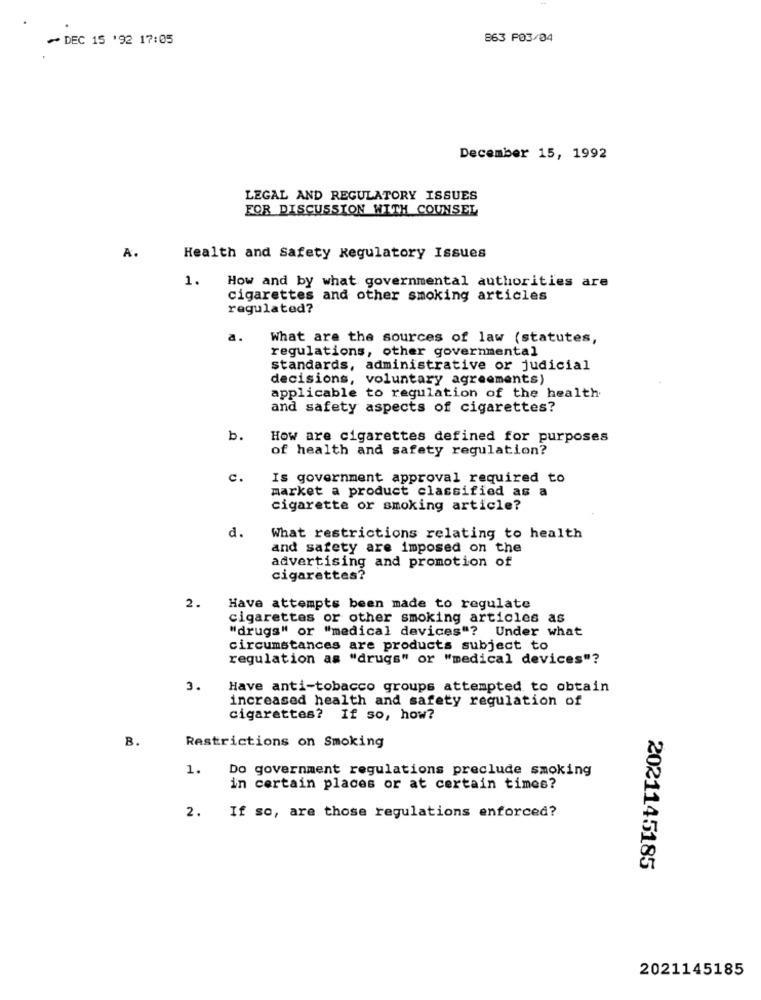
~ DEC 15 '92 17:05
863 F03/04
December 15, 1992
LEGAL AND REGULATORY ISSUES
FOR DISCUSSION WITH COUNSEL
A.
Health and Safety Regulatory Issues
1.
How and by what governmental authorities are
cigarettes and other smoking articles
regulated?
a.
What are the sources of law (statutes,
regulations, other governmental
standards, administrative or judicial
decisions, voluntary agreements)
applicable to regulation of the health
and safety aspects of cigarettes?
b.
How are cigarettes defined for purposes
of health and safety regulation?
c.
Is government approval required to
market a product classified as a
cigarette or smoking article?
d.
What restrictions relating to health
and safety are imposed on the
advertising and promotion of
cigarettes?
2.
Have attempts been made to regulate
cigarettes or other smoking articles as
"drugs" or "medical devices"? Under what
circumstances are products subject to
regulation as "drugs" or "medical devices"?
3.
Have anti-tobacco groups attempted to obtain
increased health and safety regulation of
cigarettes? If so, how?
B.
Restrictions on Smoking
1.
Do government regulations preclude smoking
in certain places or at certain times?
2. If so, are those regulations enforced?
2021145185
2021145185